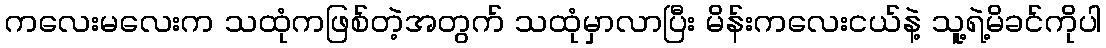
ကလေးမလေးက သထုံကဖြစ်တဲ့အတွက် သထုံမှာလာပြီး မိန်းကလေးငယ်နဲ့ သူ့ရဲ့မိခင်ကိုပါ